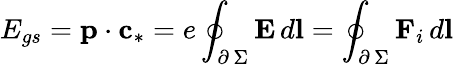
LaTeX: E_{gs}=\textbf{p}\cdot\textbf{c}_{*}=e\oint_{\scriptstyle\partial\, \Sigma}\textbf{E}\, d\textbf{l}=\oint_{\scriptstyle\partial\, \Sigma}\textbf{F}_{i}\, d\textbf{l}